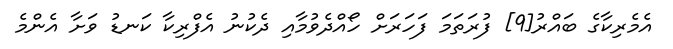
އެމެރިކާގެ ބައްރު[9] ފުރަތަމަ ފަހަރަށް ހޯއްދެވުމާއި ދެކުނު އެފްރިކާ ކަނޑު ވަށާ އެންމެ